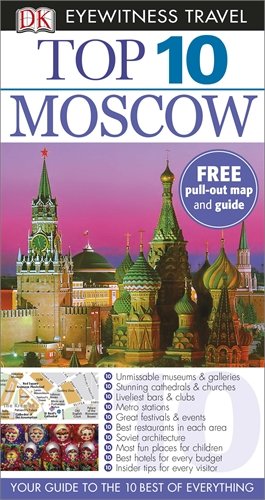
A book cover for DK Eyewitness Top 10 Travel Guide: Moscow; Travel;